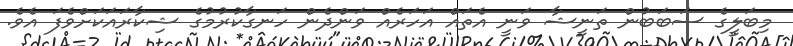
މިބަލީގެ ސަބަބުން ތަނީޝާ ވަނީ އެތައް އަހަރެއް ވަންދެން ހަނގާކުރުމުގެ ޝިކާރައަކަށްވެފަ އެވެ.